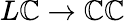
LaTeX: L\mathbb{C}\to\mathbb{C}\mathbb{C}